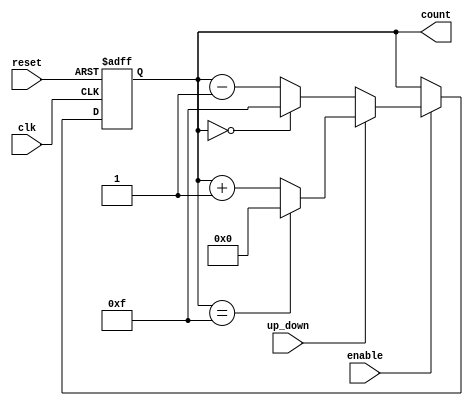
module UpDownCounter (
    input wire clk,         // Clock input
    input wire reset,       // Asynchronous reset signal
    input wire up_down,     // Control signal for counting direction
    input wire enable,      // Control signal to enable counting
    output reg [3:0] count  // 4-bit current value of the counter
);
    
    // Asynchronous reset
    always @(posedge clk or posedge reset) begin
        if (reset) begin
            count <= 4'b0000; // Initialize counter to 0 on reset
        end else if (enable) begin
            if (up_down) begin
                // Count Up
                if (count == 4'b1111) begin
                    count <= 4'b0000; // Wrap around if maximum is exceeded
                end else begin
                    count <= count + 1; // Increment count
                end
            end else begin
                // Count Down
                if (count == 4'b0000) begin
                    count <= 4'b1111; // Wrap around if minimum is exceeded
                end else begin
                    count <= count - 1; // Decrement count
                end
            end
        end
    end

endmodule